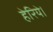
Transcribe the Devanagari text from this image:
हेरिये।